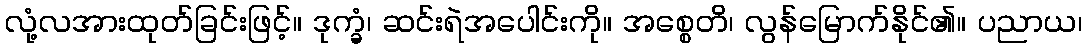
လုံ့လအားထုတ်ခြင်းဖြင့်။ ဒုက္ခံ၊ ဆင်းရဲအပေါင်းကို။ အစ္စေတိ၊ လွန်မြောက်နိုင်၏။ ပညာယ၊